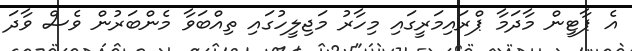
އެ ޕާޓީން މާދަމާ ޕްރައިމަރީގައި މިހާރު މަޖިލީހުގައި ތިއްބަވާ މެންބަރުން ވެސް ވާދަ